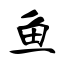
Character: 鱼